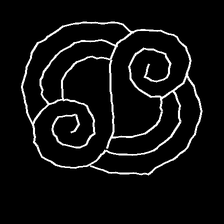
Glyph: wind-underfoot